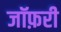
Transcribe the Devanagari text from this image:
जॉफ़री